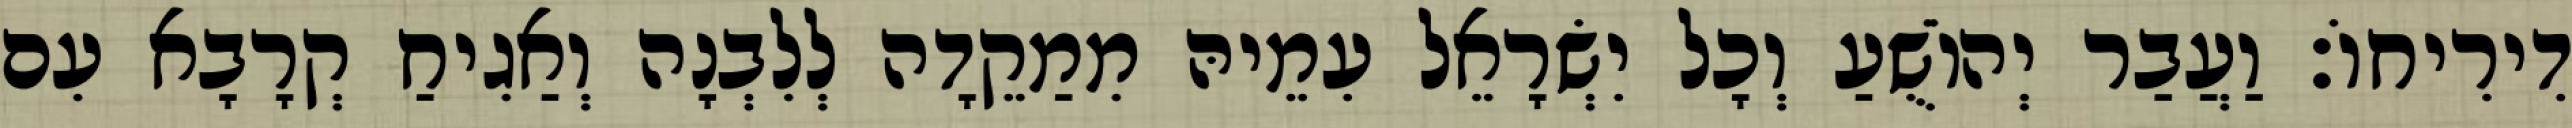
דִירִיחוֹ׃ וַעֲבַר יְהוֹשֻׁעַ וְכָל יִשְׂרָאֵל עִמֵיהּ מִמַקֵדָה לְלִבְנָה וְאַגִיחַ קְרָבָא עִם